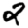
Digit: 2